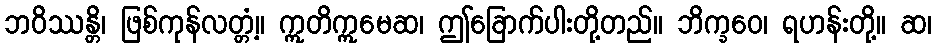
ဘဝိဿန္တိ၊ ဖြစ်ကုန်လတ္တံ့။ ဣတိဣမေဆ၊ ဤခြောက်ပါးတို့တည်။ ဘိက္ခဝေ၊ ရဟန်းတို့။ ဆ၊